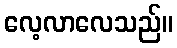
လေ့လာလေသည်။